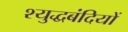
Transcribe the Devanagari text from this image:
श्युद्धबंदियों